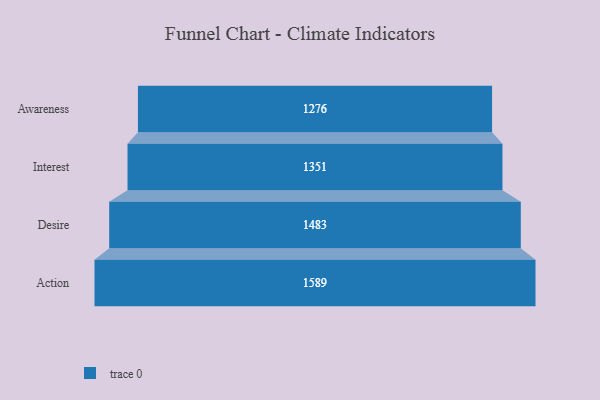
{"axis": {"x": "Stage", "y": "Value"}, "legend": [""], "data": [{"x": "Awareness", "y": 1276.0, "type": ""}, {"x": "Interest", "y": 1351.0, "type": ""}, {"x": "Desire", "y": 1483.0, "type": ""}, {"x": "Action", "y": 1589.0, "type": ""}]}